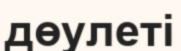
дөулеті